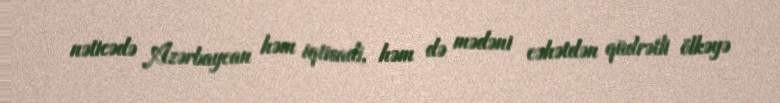
nəticədə Azərbaycan həm iqtisadi, həm də mədəni cəhətdən qüdrətli ölkəyə